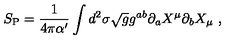
S _ { \mathrm { P } } = \frac { 1 } { 4 \pi \alpha ^ { \prime } } \int d ^ { 2 } \sigma \sqrt { g } g ^ { a b } \partial _ { a } X ^ { \mu } \partial _ { b } X _ { \mu } \ ,